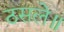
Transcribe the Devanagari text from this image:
ठसले॥